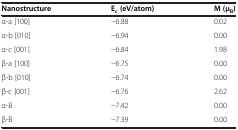
<table><thead><tr><td><b>Nanostructure</b></td><td><b>E<sub><i>c </i></sub>(eV/atom)</b></td><td><b>M (μ<sub>B</sub>)</b></td></tr></thead><tbody><tr><td>α-a [100]</td><td>−6.88</td><td>0.02</td></tr><tr><td>α-b [010]</td><td>−6.94</td><td>0.00</td></tr><tr><td>α-c [001]</td><td>−6.84</td><td>1.98</td></tr><tr><td>β-a [100]</td><td>−6.75</td><td>0.00</td></tr><tr><td>β-b [010]</td><td>−6.74</td><td>0.00</td></tr><tr><td>β-c [001]</td><td>−6.76</td><td>2.62</td></tr><tr><td>α-B</td><td>−7.42</td><td>0.00</td></tr><tr><td>β-B</td><td>−7.39</td><td>0.00</td></tr></tbody></table>